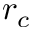
r _ { c }